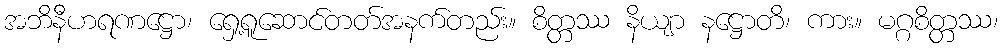
အဘိနီဟရဏဋ္ဌော၊ ရှေ့ရူဆောင်တတ်အနက်တည်း။ စိတ္တဿ နိယျာ နဋ္ဌောတိ၊ ကား။ မဂ္ဂစိတ္တဿ၊